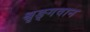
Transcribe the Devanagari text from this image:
श्रृङ्गवान